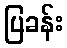
ပြခန်း